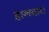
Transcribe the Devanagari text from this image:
हालदार।